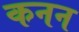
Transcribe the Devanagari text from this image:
कनन